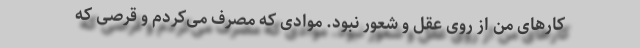
کارهای من از روی عقل و شعور نبود. موادی که مصرف می‌کردم و قرصی که